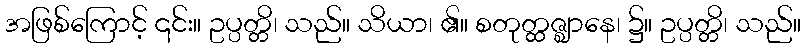
အဖြစ်ကြောင့် ၎င်း။ ဥပ္ပတ္တိ၊ သည်။ သိယာ၊ ၏။ စတုတ္ထဇ္ဈာနေ၊ ၌။ ဥပ္ပတ္တိ၊ သည်။